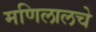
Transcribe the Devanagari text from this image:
मणिलालचे